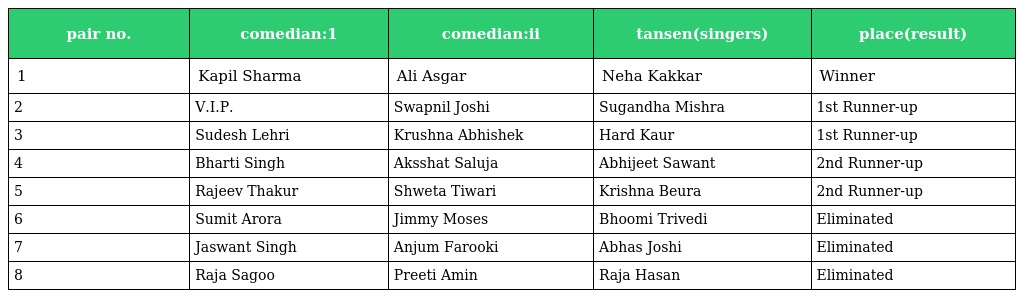
| pair no. | comedian:1 | comedian:ii | tansen(singers) | place(result) |
 | --- | --- | --- | --- | --- |
 | 1 | Kapil Sharma | Ali Asgar | Neha Kakkar | Winner |
 | 2 | V.I.P. | Swapnil Joshi | Sugandha Mishra | 1st Runner-up |
 | 3 | Sudesh Lehri | Krushna Abhishek | Hard Kaur | 1st Runner-up |
 | 4 | Bharti Singh | Aksshat Saluja | Abhijeet Sawant | 2nd Runner-up |
 | 5 | Rajeev Thakur | Shweta Tiwari | Krishna Beura | 2nd Runner-up |
 | 6 | Sumit Arora | Jimmy Moses | Bhoomi Trivedi | Eliminated |
 | 7 | Jaswant Singh | Anjum Farooki | Abhas Joshi | Eliminated |
 | 8 | Raja Sagoo | Preeti Amin | Raja Hasan | Eliminated |